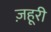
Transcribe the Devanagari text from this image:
ज़हूरी